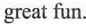
great fun.